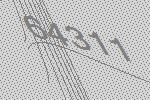
64311